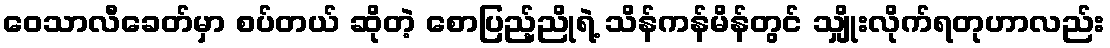
ဝေသာလီခေတ်မှာ စပ်တယ် ဆိုတဲ့ စောပြည့်ညိုရဲ့ သိန်ကန်မိန်တွင် သျှိုးလိုက်ရတုဟာလည်း